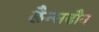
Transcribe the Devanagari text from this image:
लैन्सडौन